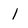
Character: 1